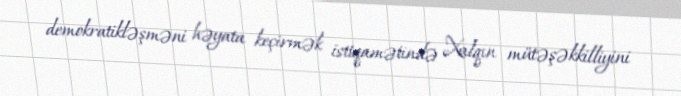
demokratikləşməni həyata keçirmək istiqamətində Xalqın mütəşəkkilliyini